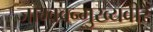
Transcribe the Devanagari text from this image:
जाम्बवन्मुख्यवीरै